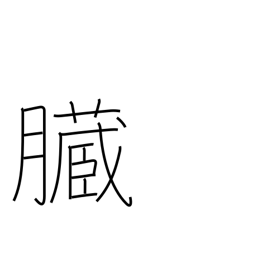
Meaning: bowels